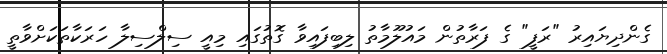
ގެންދިޔައިރު "ރަފީ" ގެ ފަރާތުން މައުލޫމާތު ލިބިފައިވާ ގޮތުގައި މިއީ ސިލްސިލާ ހަރަކާތަކަށްވާތީ